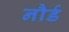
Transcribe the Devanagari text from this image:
नौर्ड